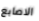
الاصابع